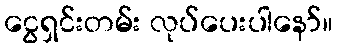
ငွေရှင်းတမ်း လုပ်ပေးပါနော်။